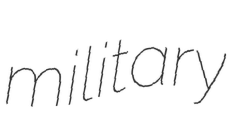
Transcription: military